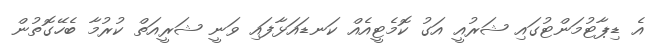
އެ ޑިޕާޓުމަންޓުގައި ޝަރުއީ އަގު ކޮމެޓީއެއް ކަނޑައަޅާފައި ވަނީ ޝަރީއަތް ކުރުމާ ބެހޭގޮތުން